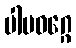
ပါပဝဂ္ဂေ